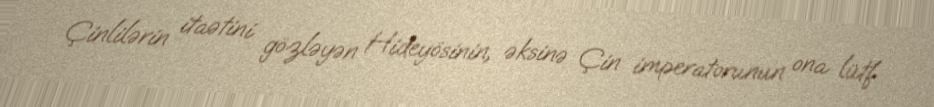
Çinlilərin itaətini gözləyən Hideyösinin, əksinə Çin imperatorunun ona lütf